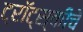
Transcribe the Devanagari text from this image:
ट्रॉट्स्कीचे